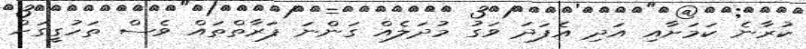
ކުރާނެ ކަމަށާއި އަދި އެފަދަ ވަގު މުދަލެއް ގަންނަ ފަރާތްތައް ވެސް ތަހުގީގަށް